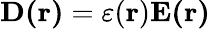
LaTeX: \mathbf{D(r)}=\varepsilon(\mathbf{r})\mathbf{E(r)}